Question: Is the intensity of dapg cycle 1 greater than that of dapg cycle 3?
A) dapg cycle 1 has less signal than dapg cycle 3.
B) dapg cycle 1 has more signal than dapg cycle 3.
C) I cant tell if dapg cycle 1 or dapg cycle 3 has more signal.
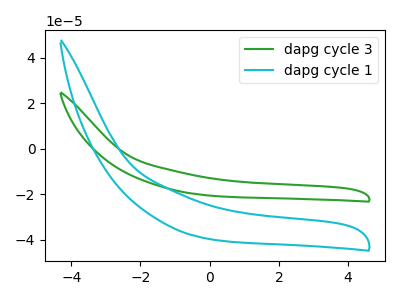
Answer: <think>The green curve "dapg cycle 3" has no peaks. The cyan curve "dapg cycle 1" has no peaks.
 Neither "dapg cycle 1" or "dapg cycle 3" have any peaks.</think>
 <answer>C) I cant tell if "dapg cycle 1" or "dapg cycle 3" has more signal.</answer>
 <eval>C</eval>